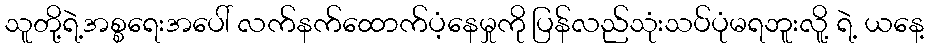
သူတို့ရဲ့အစ္စရေးအပေါ် လက်နက်ထောက်ပံ့နေမှုကို ပြန်လည်သုံးသပ်ပုံမရဘူးလိူ့ ရဲ့ ယနေ့